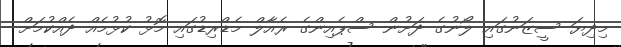
މިދިޔަ ސީޒަނުގައި ލޯނުގެ ދަށުން ސްޕެއިންގެ ރެއާލް މެޑްރިޑުގައި މޮޅު ކުޅުމެއް ދެއްކުމަށް